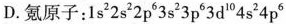
D.氪原子：1s^{2} 2s^{2} 2p^{6} 3s^{2} 3p^{6} 3d^{10} 4s^{2} 4p^{6}